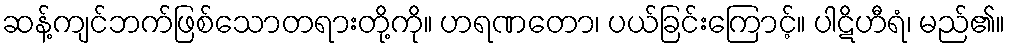
ဆန့်ကျင်ဘက်ဖြစ်သောတရားတို့ကို။ ဟရဏတော၊ ပယ်ခြင်းကြောင့်။ ပါဋိဟီရံ၊ မည်၏။